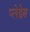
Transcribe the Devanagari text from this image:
प्लेडेस